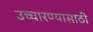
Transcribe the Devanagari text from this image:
उच्चारण्यासाठी